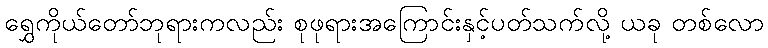
ရွှေကိုယ်တော်ဘုရားကလည်း စုဖုရားအကြောင်းနှင့်ပတ်သက်လို့ ယခု တစ်လော